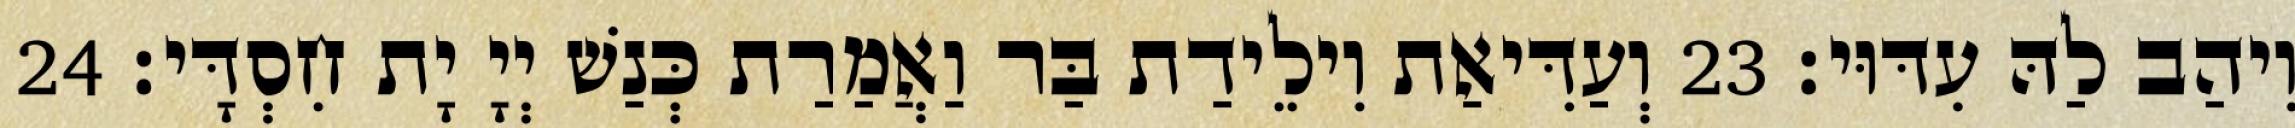
וִיהַב לַהּ עִדּוּי׃ 23 וְעַדִּיאַת וִילֵידַת בַּר וַאֲמַרַת כְּנַשׁ יְיָ יָת חִסְדָּי׃ 24